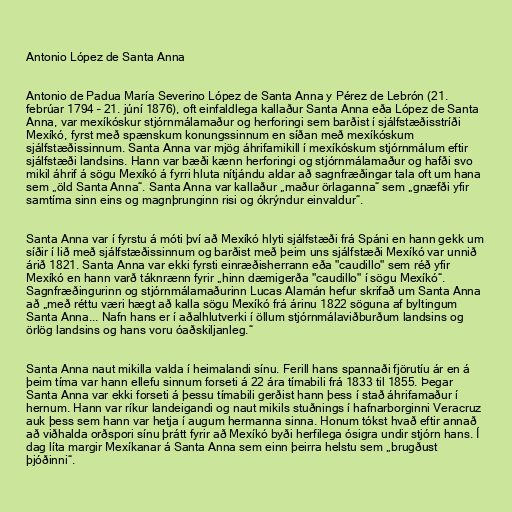
Antonio López de Santa Anna

Antonio de Padua María Severino López de Santa Anna y Pérez de Lebrón (21.
febrúar 1794 – 21. júní 1876), oft einfaldlega kallaður Santa Anna eða López de Santa
Anna, var mexíkóskur stjórnmálamaður og herforingi sem barðist í sjálfstæðisstríði
Mexíkó, fyrst með spænskum konungssinnum en síðan með mexíkóskum
sjálfstæðissinnum. Santa Anna var mjög áhrifamikill í mexíkóskum stjórnmálum eftir
sjálfstæði landsins. Hann var bæði kænn herforingi og stjórnmálamaður og hafði svo
mikil áhrif á sögu Mexíkó á fyrri hluta nítjándu aldar að sagnfræðingar tala oft um hana
sem „öld Santa Anna“. Santa Anna var kallaður „maður örlaganna“ sem „gnæfði yfir
samtíma sinn eins og magnþrunginn risi og ókrýndur einvaldur“.

Santa Anna var í fyrstu á móti því að Mexíkó hlyti sjálfstæði frá Spáni en hann gekk um
síðir í lið með sjálfstæðissinnum og barðist með þeim uns sjálfstæði Mexíkó var unnið
árið 1821. Santa Anna var ekki fyrsti einræðisherrann eða "caudillo" sem réð yfir
Mexíkó en hann varð táknrænn fyrir „hinn dæmigerða "caudillo" í sögu Mexíkó“.
Sagnfræðingurinn og stjórnmálamaðurinn Lucas Alamán hefur skrifað um Santa Anna
að „með réttu væri hægt að kalla sögu Mexíkó frá árinu 1822 söguna af byltingum
Santa Anna... Nafn hans er í aðalhlutverki í öllum stjórnmálaviðburðum landsins og
örlög landsins og hans voru óaðskiljanleg.“

Santa Anna naut mikilla valda í heimalandi sínu. Ferill hans spannaði fjörutíu ár en á
þeim tíma var hann ellefu sinnum forseti á 22 ára tímabili frá 1833 til 1855. Þegar
Santa Anna var ekki forseti á þessu tímabili gerðist hann þess í stað áhrifamaður í
hernum. Hann var ríkur landeigandi og naut mikils stuðnings í hafnarborginni Veracruz
auk þess sem hann var hetja í augum hermanna sinna. Honum tókst hvað eftir annað
að viðhalda orðspori sínu þrátt fyrir að Mexíkó byði herfilega ósigra undir stjórn hans. Í
dag líta margir Mexíkanar á Santa Anna sem einn þeirra helstu sem „brugðust
þjóðinni“.